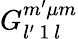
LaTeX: G_{l^{\prime}\, 1\, l}^{m^{\prime}\mu m}